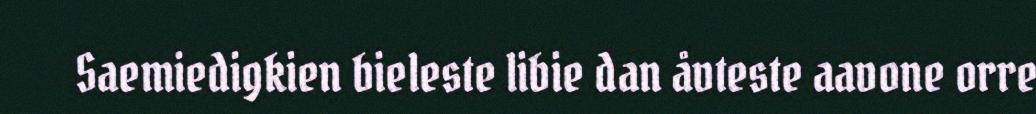
Saemiedigkien bieleste libie dan åvteste aavone orre